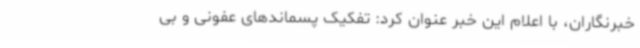
خبرنگاران، با اعلام این خبر عنوان کرد: تفکیک پسماندهای عفونی و بی